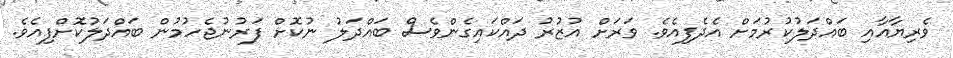
ވެރިޔާއާއި ބައްދަލުކުރުމަށް އެދެފިއެވެ. ވަރަށް އުޒުރު ދައްކައިގެންވެސް ބައްދަލު ނުކޮށް ފަރުނުޖެހުމުން ބައްދަލުކޮށްފިއެވެ.